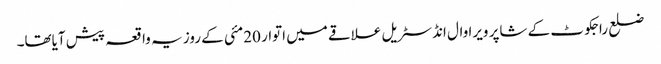
ضلع راجکوٹ کے شاپر ویرا وال انڈسٹریل علاقے میں اتوار 20مئی کے روز یہ واقعہ پیش آیاتھا۔